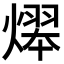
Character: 𤎋